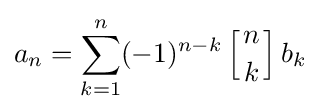
a_{n}=\sum _{k=1}^{n}(-1)^{n-k}\left[{n \atop k}\right]b_{k}